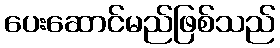
ပေးဆောင်မည်ဖြစ်သည်